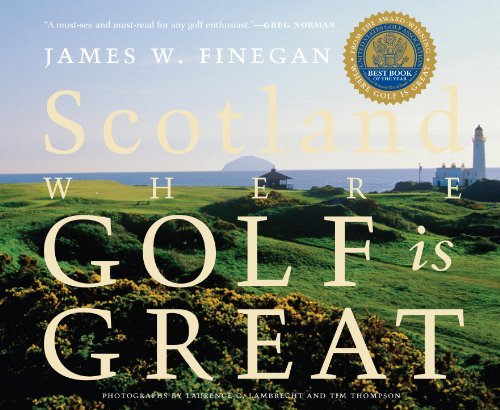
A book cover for Scotland: Where Golf Is Great; James W. Finegan; Travel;